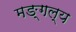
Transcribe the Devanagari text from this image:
मङ्गल्य